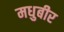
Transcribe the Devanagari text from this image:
मधुबीर